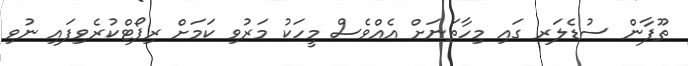
ތޫފާން ސުޑެލަރ ގައި މިހާތަނަށް އެއްވެސް މީހަކު މަރުވި ކަމަށް ރިޕޯޓްކުރެވިފައި ނުވި